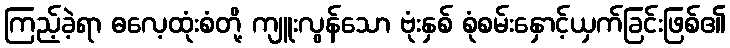
ကြည့်ခဲ့ရာ ဓလေ့ထုံးစံတို့ ကျူးလွန်သော ဗုံးနှစ် စုံစမ်းနှောင့်ယှက်ခြင်းဖြစ်၏